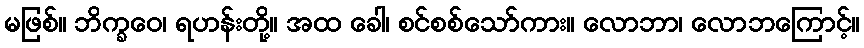
မဖြစ်။ ဘိက္ခဝေ၊ ရဟန်းတို့။ အထ ခေါ၊ စင်စစ်သော်ကား။ လောဘာ၊ လောဘကြောင့်။